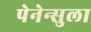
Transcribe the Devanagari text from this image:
पेनेन्सुला